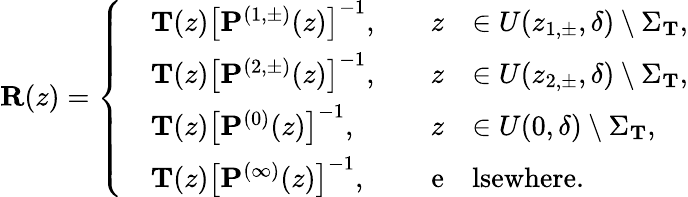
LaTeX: \mathbf{R}(z)=\left\{ \begin{array}{rlrl}&{\mathbf{T}(z)\left[\mathbf{P}^{(1,\pm)}(z)\right]^{-1},\quad}&{z}&{\in U(z_{1,\pm},\delta)\setminus\Sigma_{\mathbf{T}},}\\ &{\mathbf{T}(z)\left[\mathbf{P}^{(2,\pm)}(z)\right]^{-1},\quad}&{z}&{\in U(z_{2,\pm},\delta)\setminus\Sigma_{\mathbf{T}},}\\ &{\mathbf{T}(z)\left[\mathbf{P}^{(0)}(z)\right]^{-1},\quad}&{z}&{\in U(0,\delta)\setminus\Sigma_{\mathbf{T}},}\\ &{\mathbf{T}(z)\left[\mathbf{P}^{(\infty)}(z)\right]^{-1},\quad}&{\mathrm{e}}&{\mathrm{lsewhere}.}\end{array}\right.